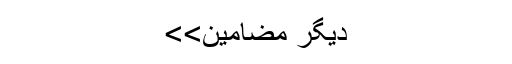
دیگر مضامین>>